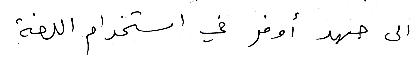
الى جهد أوفر في استخدام اللغة